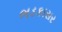
ભડકાસર